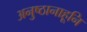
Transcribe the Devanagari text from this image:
अनुष्ठानाहूनि